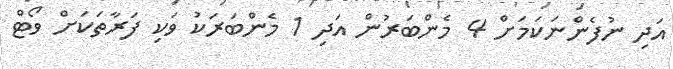
އަދި ނުފެންނަކަމަށް 4 މެންބަރުން އަދި 1 މެންބަރަކު ވަކި ފަރާތަކަށް ވޯޓް